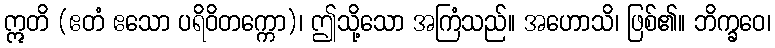
ဣတိ (ဧတံ ဧသော ပရိဝိတက္ကော)၊ ဤသို့သော အကြံသည်။ အဟောသိ၊ ဖြစ်၏။ ဘိက္ခဝေ၊